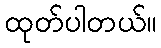
ထုတ်ပါတယ်။